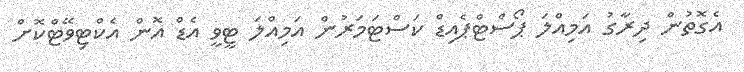
އެގޮތުން ދިރާގު އަމިއްލަ ޕޯސްޓްޕެއިޑް ކަސްޓަމަރުން އަމިއްލަ ޓީވީ އެޑް އޮން އެކްޓިވޭޓްކޮށް